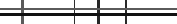
٤٣